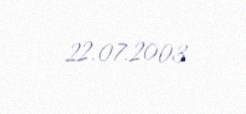
22.07.2003